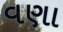
વણા